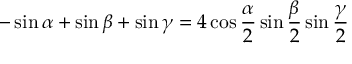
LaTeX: - \sin \alpha + \sin \beta + \sin \gamma = 4 \cos { \frac { \alpha } { 2 } } \sin { \frac { \beta } { 2 } } \sin { \frac { \gamma } { 2 } }